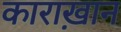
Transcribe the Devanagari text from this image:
काराख़ान